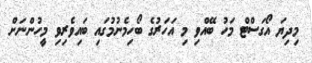
މިދިޔަ އޯގަސްޓް މަހު ބޭއްވި މި އަހަރުގެ ބޯހިމެނުމުގައި ބައިވެރިވި މީހުންނަށް